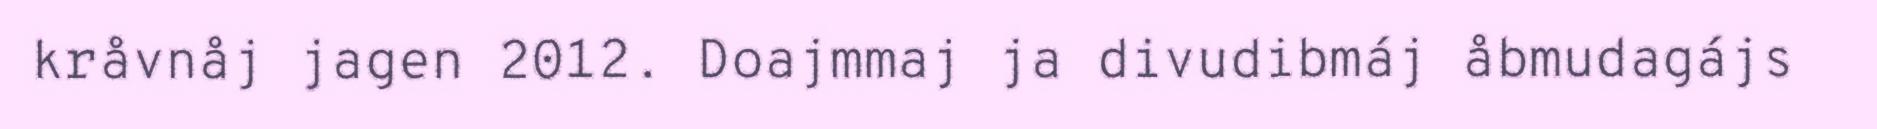
kråvnåj jagen 2012. Doajmmaj ja divudibmáj åbmudagájs